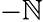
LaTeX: -\mathbb{N}